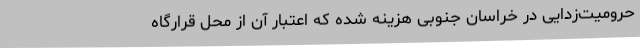
حرومیت‌زدایی در خراسان جنوبی هزینه شده که اعتبار آن از محل قرارگاه